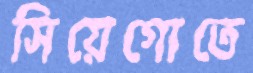
সিয়েগোতে